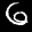
Label: 6